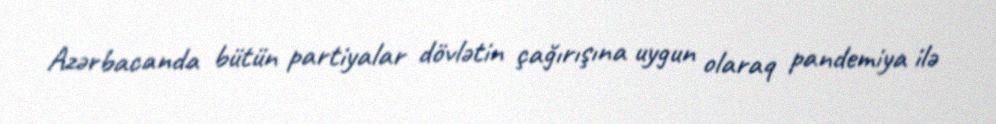
Azərbacanda bütün partiyalar dövlətin çağırışına uygun olaraq pandemiya ilə